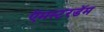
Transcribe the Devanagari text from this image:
ऍमस्टरडॅम